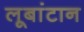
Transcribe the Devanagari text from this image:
लूबांटान